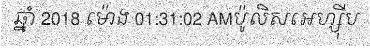
ឆ្នាំ 2018 ម៉ោង 01:31:02 AMប៉ូលិសអេហ្ស៊ីប